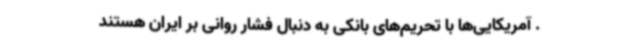
. آمریکایی‌ها با تحریم‌های بانکی به دنبال فشار روانی بر ایران هستند